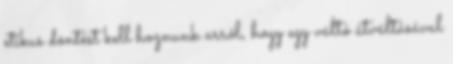
etikus döntést kell hoznunk arról, hogy egy váltó átváltásával